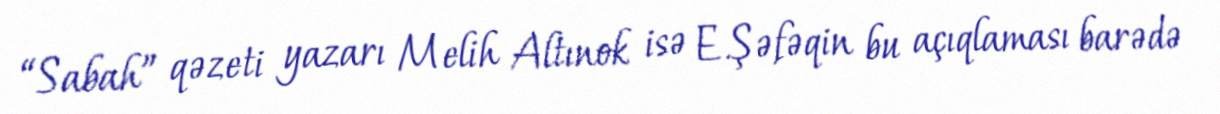
“Sabah” qəzeti yazarı Melih Altınok isə E.Şəfəqin bu açıqlaması barədə